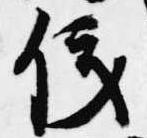
儀